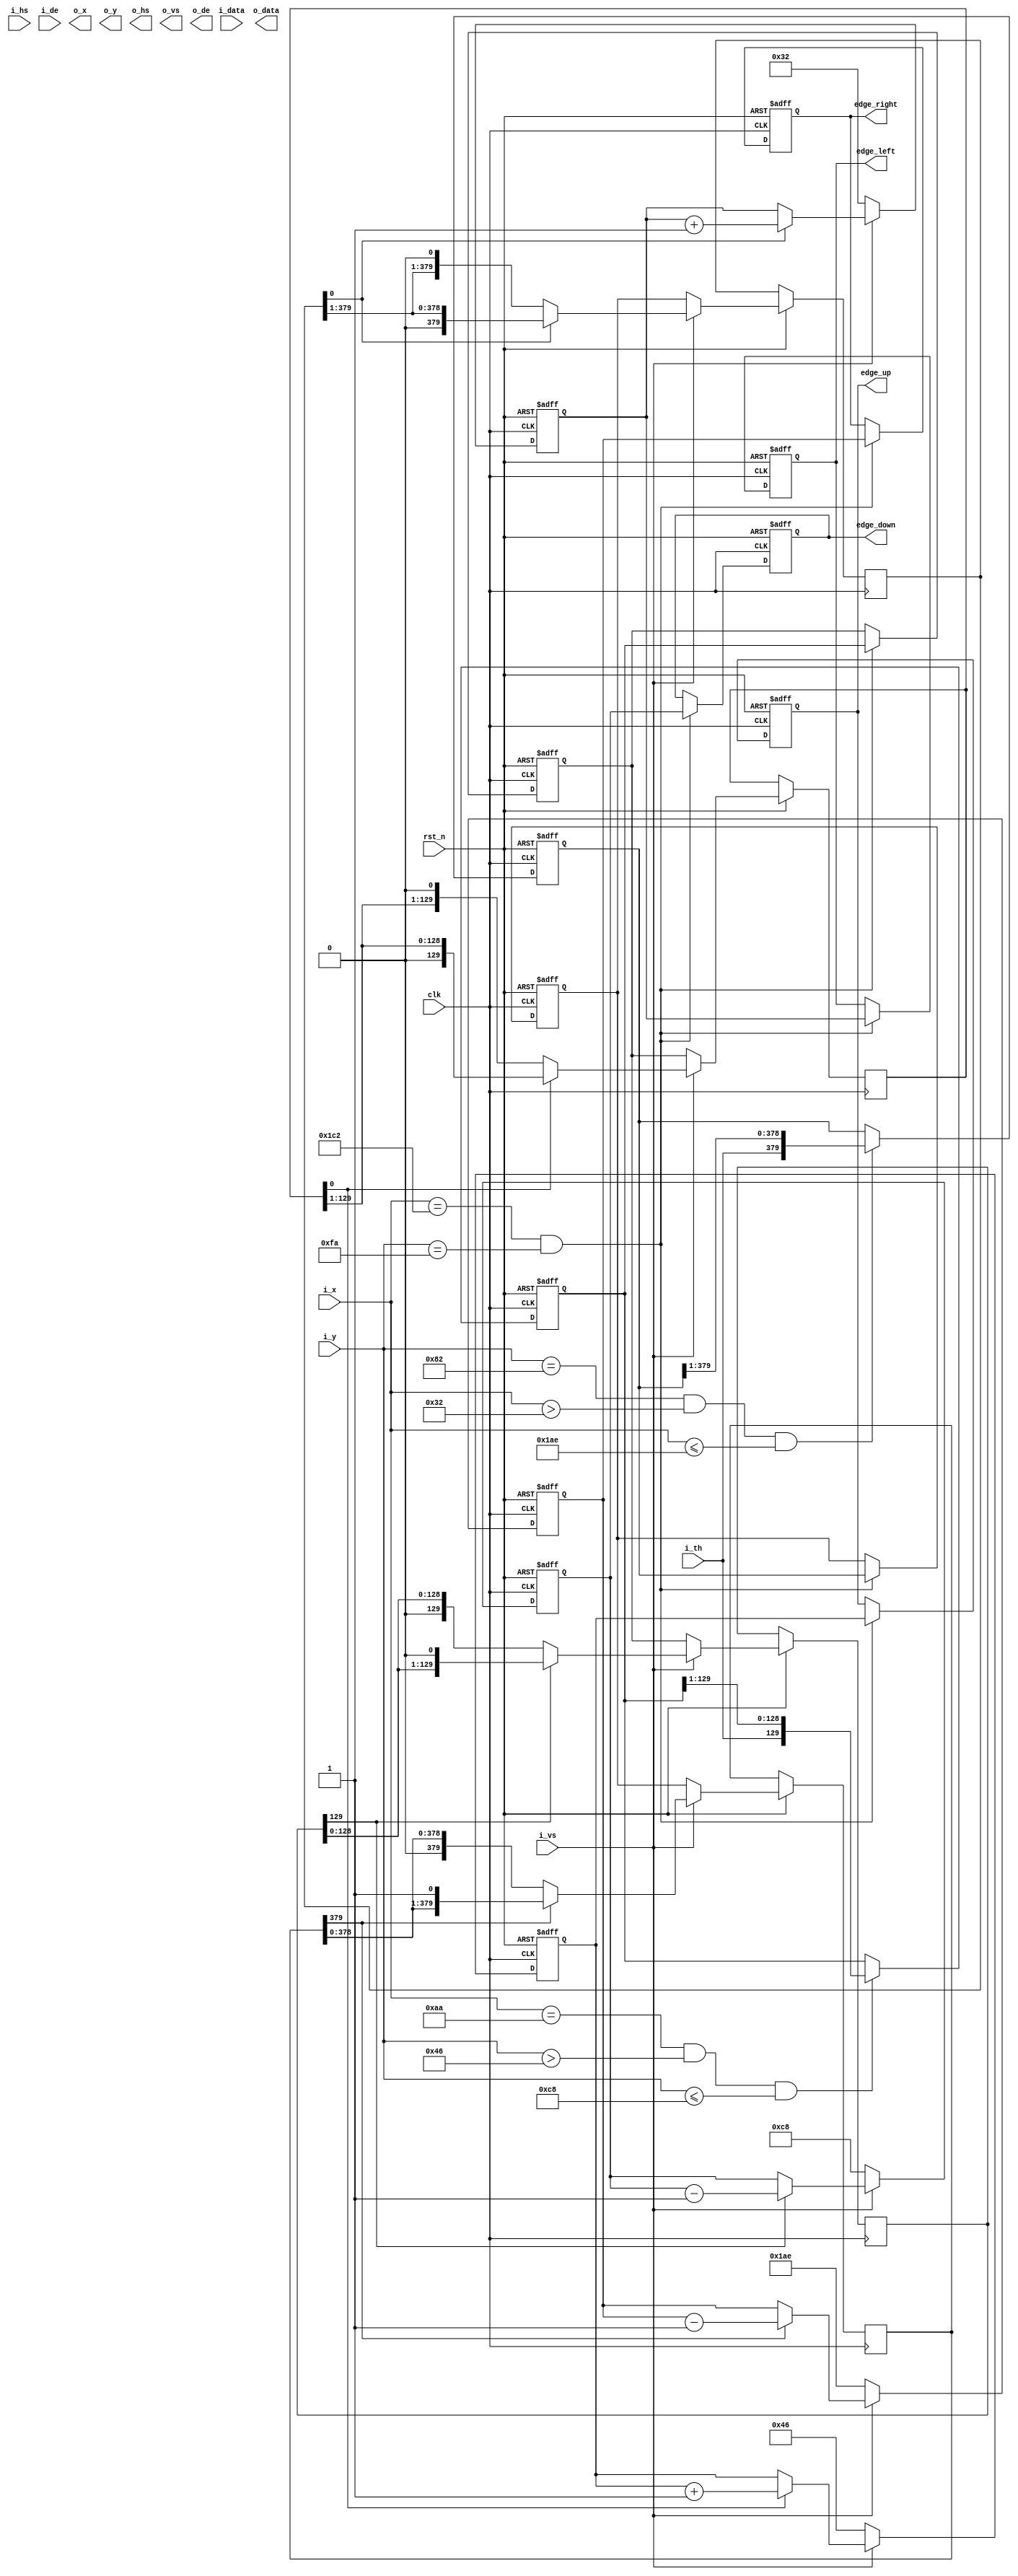
module Picture_Char_Location
(

	input                   rst_n,   
	input                   clk,
	input                   i_hs,    
	input                   i_vs,    
	input                   i_de, 

	input		[11:0]		i_x,        // video position X
	input		[11:0]		i_y,         // video position y	
	input		[23:0]		i_data,
	input					i_th,
	
	output		[23:0]		o_data,
	output		[11:0]		o_x,        // video position X
	output		[11:0]		o_y,         // video position y	
	
	output	reg	[11:0]		edge_left,	
	output	reg	[11:0]		edge_right,
	output	reg	[11:0]		edge_up,
	output	reg	[11:0]		edge_down,
	
	output                  o_hs,    
	output                  o_vs,    
	output                  o_de

);

parameter	post_up		=	70;
parameter	post_dowm	=	200;
parameter	post_left	=	50;
parameter	post_right	=	430;	//

parameter	y_scanf		=	130;	//
parameter	x_scanf		=	170;

wire	[11:0] 	x_cnt	=	i_x;	//
wire	[11:0]	y_cnt	=	i_y;

wire	y_scanf_en		=	( ( y_cnt == y_scanf )	&&	( x_cnt > post_left )	&& ( x_cnt <=  post_right) );
wire	x_scanf_en		=	( ( x_cnt == x_scanf )	&&	( y_cnt > post_up ) 	&& ( y_cnt <=  post_dowm ) );
wire	vaule_output	=	( (	x_cnt	==	450	 ) 	&&	( y_cnt	==	250	) );

reg		[post_right-post_left-1:0]	y_scanf_code,y_scanf_code_reg,y_scanf_code_temp,y_scanf_code_temp2;
reg		[post_dowm-post_up-1:0]		x_scanf_code,x_scanf_code_reg,x_scanf_code_temp,x_scanf_code_temp2;

reg		[11:0]	edge_left_reg;
reg		[11:0]	edge_right_reg;
reg		[11:0]	edge_up_reg;
reg		[11:0]	edge_down_reg;


always@(posedge clk or negedge rst_n)
begin
	if(rst_n == 1'b0)
		y_scanf_code_reg	<=	'b0;
	else if( y_scanf_en )
		y_scanf_code_reg	<=	{i_th,y_scanf_code_reg[post_right-post_left-1:1]};
	else
		y_scanf_code_reg	<=	y_scanf_code_reg;
end
	
always@(posedge clk or negedge rst_n)
begin
	if(rst_n == 1'b0)
		x_scanf_code_reg	<=	'b0;
	else if( x_scanf_en )
		x_scanf_code_reg	<=	{i_th,x_scanf_code_reg[post_dowm-post_up-1:1]};
	else
		x_scanf_code_reg	<=	x_scanf_code_reg;
end


always@(posedge clk,negedge rst_n)
begin
	if(!rst_n)
		edge_left_reg	<=	post_left;
	else if( i_vs == 0 )
		begin
			edge_left_reg		<=	post_left;
			y_scanf_code_temp	<=	y_scanf_code;
		end
		
	else if(y_scanf_code_temp[0] == 1 )
		begin
			edge_left_reg	<=	edge_left_reg	+	1'b1;
			y_scanf_code_temp	<=	{1'b0,y_scanf_code_temp[post_right-post_left-1:1]};
		end
	else
		edge_left_reg	<=	edge_left_reg;	
end


always@(posedge clk,negedge rst_n)
begin
	if(!rst_n)
		edge_up_reg		<=	post_up;
	else if( i_vs == 0 )
		begin
			edge_up_reg			<=	post_up;
			x_scanf_code_temp	<=	x_scanf_code;
		end
		
	else if(x_scanf_code_temp[0] == 1 )
		begin
			edge_up_reg			<=	edge_up_reg	+	1'b1;
			x_scanf_code_temp	<=	{1'b0,x_scanf_code_temp[post_dowm-post_up-1:1]};
		end
	else
		edge_up_reg	<=	edge_up_reg;	
end



always@(posedge clk,negedge rst_n)
begin
	if(!rst_n)
		edge_down_reg	<=	post_dowm;
	else if( i_vs == 0 )
		begin
			edge_down_reg			<=	post_dowm;
			x_scanf_code_temp2		<=	x_scanf_code;
		end
		
	else if(x_scanf_code_temp2[post_dowm-post_up-1] == 1 )
		begin
			edge_down_reg		<=	edge_down_reg	-	1'b1;
			x_scanf_code_temp2	<=	{x_scanf_code_temp2[post_dowm-post_up-2:0],1'b0};
		end
	else
		edge_down_reg	<=	edge_down_reg;	
end


always@(posedge clk,negedge rst_n)
begin
	if(!rst_n)
		edge_right_reg	<=	post_right;
	else if( i_vs == 0 )
		begin
			edge_right_reg		<=	post_right;
			y_scanf_code_temp2	<=	y_scanf_code;
		end
		
	else if(y_scanf_code_temp2[post_right-post_left-1] == 1 )
		begin
			edge_right_reg		<=	edge_right_reg	-	1'b1;
			y_scanf_code_temp2	<=	{y_scanf_code_temp2[post_right-post_left-2:0],1'b1};
		end
	else
		edge_right_reg	<=	edge_right_reg;	
end

always@(posedge clk,negedge rst_n)
begin
	if(!rst_n)
		begin
			y_scanf_code	<=	'b0	;
			x_scanf_code	<=	'b0	;
			edge_left		<=	'b0	;
			edge_up			<=	'b0	;	
			edge_down		<=	'b0	;
			edge_right		<=	'b0	;
		end
	else if(vaule_output)
		begin
			y_scanf_code	<=	y_scanf_code_reg;
			x_scanf_code	<=	x_scanf_code_reg;
			edge_left		<=	edge_left_reg;
			edge_up			<=	edge_up_reg;
			edge_down		<=	edge_down_reg;
			edge_right		<=	edge_right_reg;
		end
end

endmodule